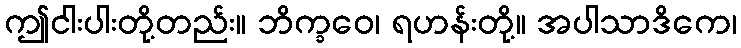
ဤငါးပါးတို့တည်း။ ဘိက္ခဝေ၊ ရဟန်းတို့။ အပါသာဒိကေ၊